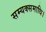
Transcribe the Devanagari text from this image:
सम्यक्समाधि।